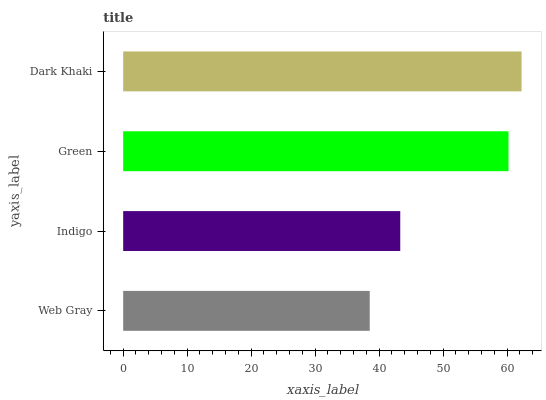
| yaxis_label | bars |
 | --- | --- |
 | Web Gray | 38.5 |
 | Indigo | 43.3 |
 | Green | 60.2 |
 | Dark Khaki | 62.3 |